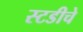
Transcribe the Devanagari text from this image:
स्टडीचे